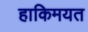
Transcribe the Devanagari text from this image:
हाकिमयत